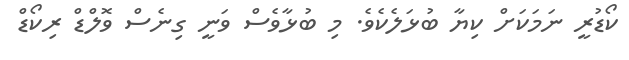
ކޯޑުރީ ނަމަކަށް ކިޔާ ބުޅަލެކެވެ. މި ބުޅާވެސް ވަނީ ގިނެސް ވޮލްޑް ރިކޯޑް